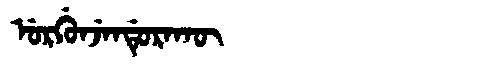
Manchu: ᡠᡵᡤᡠᠨᠵᡝᠨᡩᡠᡵᠠᡴᡡ
Romanization: URGUNJENDURAKŪ